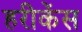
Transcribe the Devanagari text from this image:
हरीकेंस